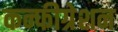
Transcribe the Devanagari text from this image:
कन्फीग्रेशन